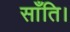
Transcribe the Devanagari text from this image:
साँति।